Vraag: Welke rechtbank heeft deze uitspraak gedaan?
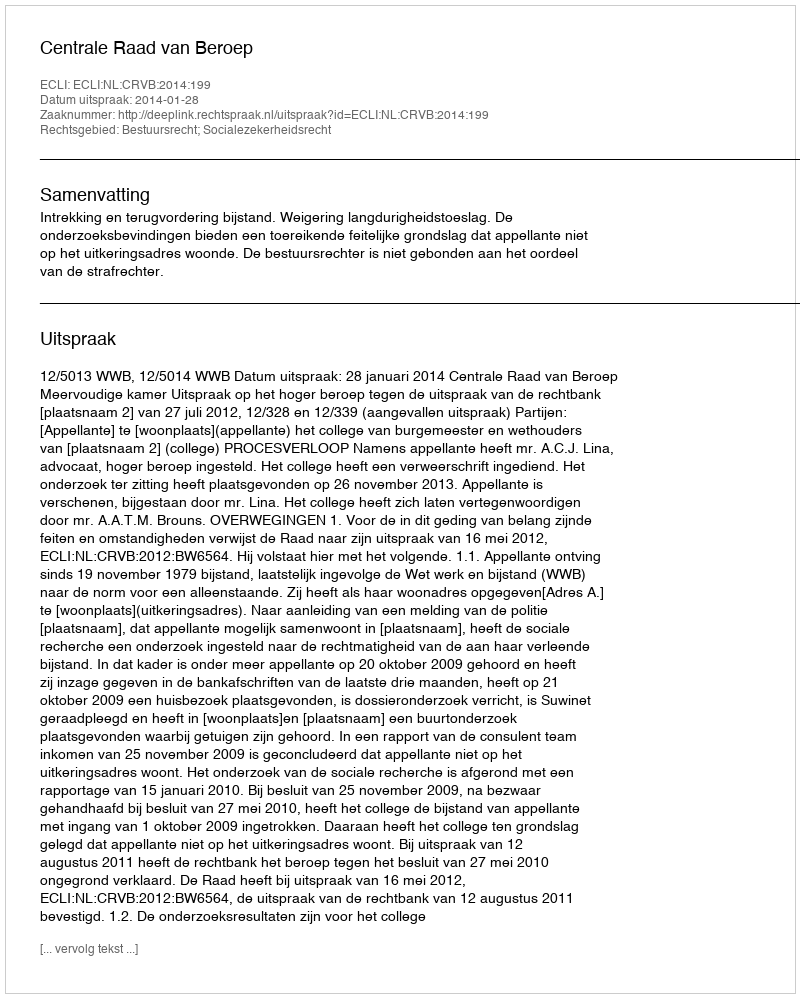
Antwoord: Centrale Raad van Beroep